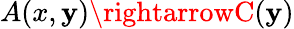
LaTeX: A(x,\mathbf{y})\rightarrowC(\mathbf{y})